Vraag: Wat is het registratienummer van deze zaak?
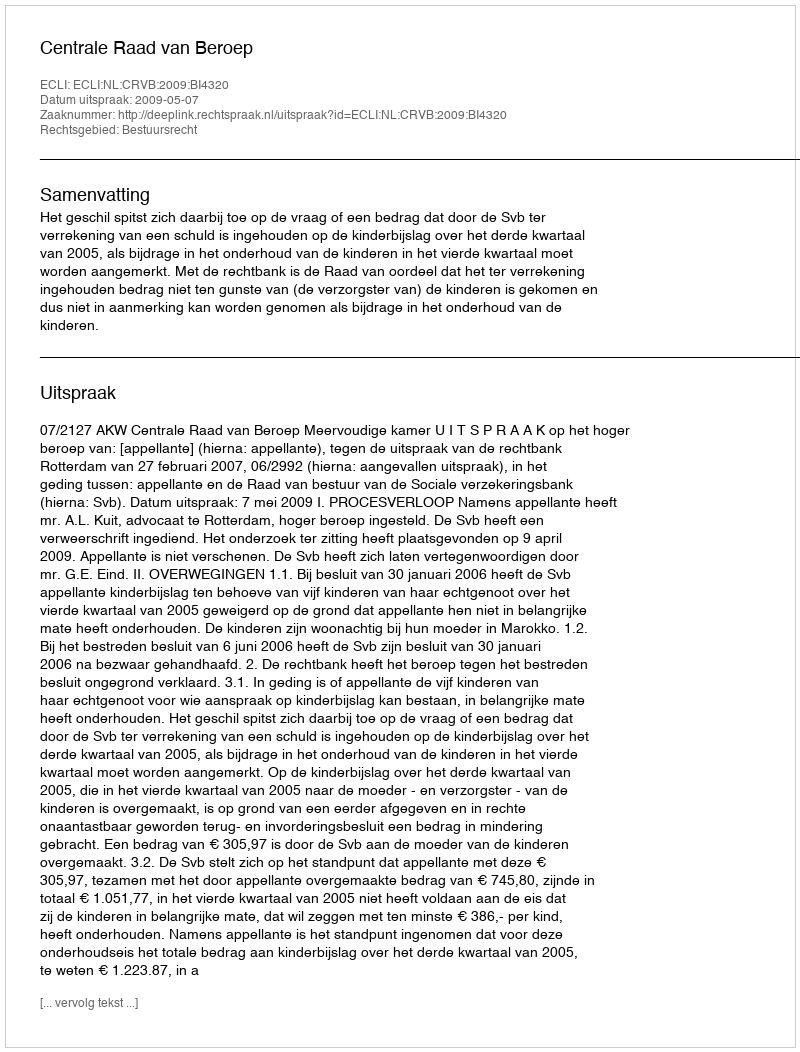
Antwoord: http://deeplink.rechtspraak.nl/uitspraak?id=ECLI:NL:CRVB:2009:BI4320